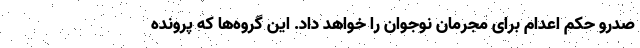
صدرو حکم اعدام برای مجرمان نوجوان را خواهد داد. این گروه‌ها که پرونده